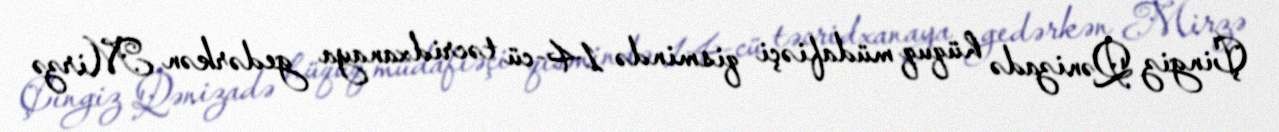
Çingiz Qənizadə hüquq müdafiəçi qismində 14-cü təcridxanaya gedərkən Mirzə